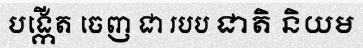
បង្កើត ចេញ ជា របប ជាតិ និយម